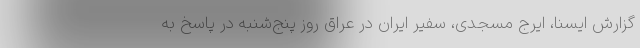
گزارش ایسنا، ایرج مسجدی، سفیر ایران در عراق روز پنج‌شنبه در پاسخ به